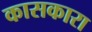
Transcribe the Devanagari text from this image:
कासकारा